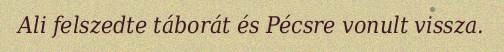
Ali felszedte táborát és Pécsre vonult vissza.